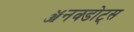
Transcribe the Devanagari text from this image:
ॲनक्डोट्स